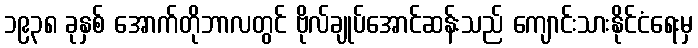
၁၉၃၈ ခုနှစ် အောက်တိုဘာလတွင် ဗိုလ်ချုပ်အောင်ဆန်းသည် ကျောင်းသားနိုင်ငံရေးမှ